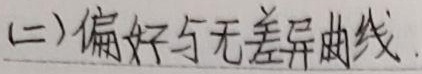
(二)偏好与无差异曲线